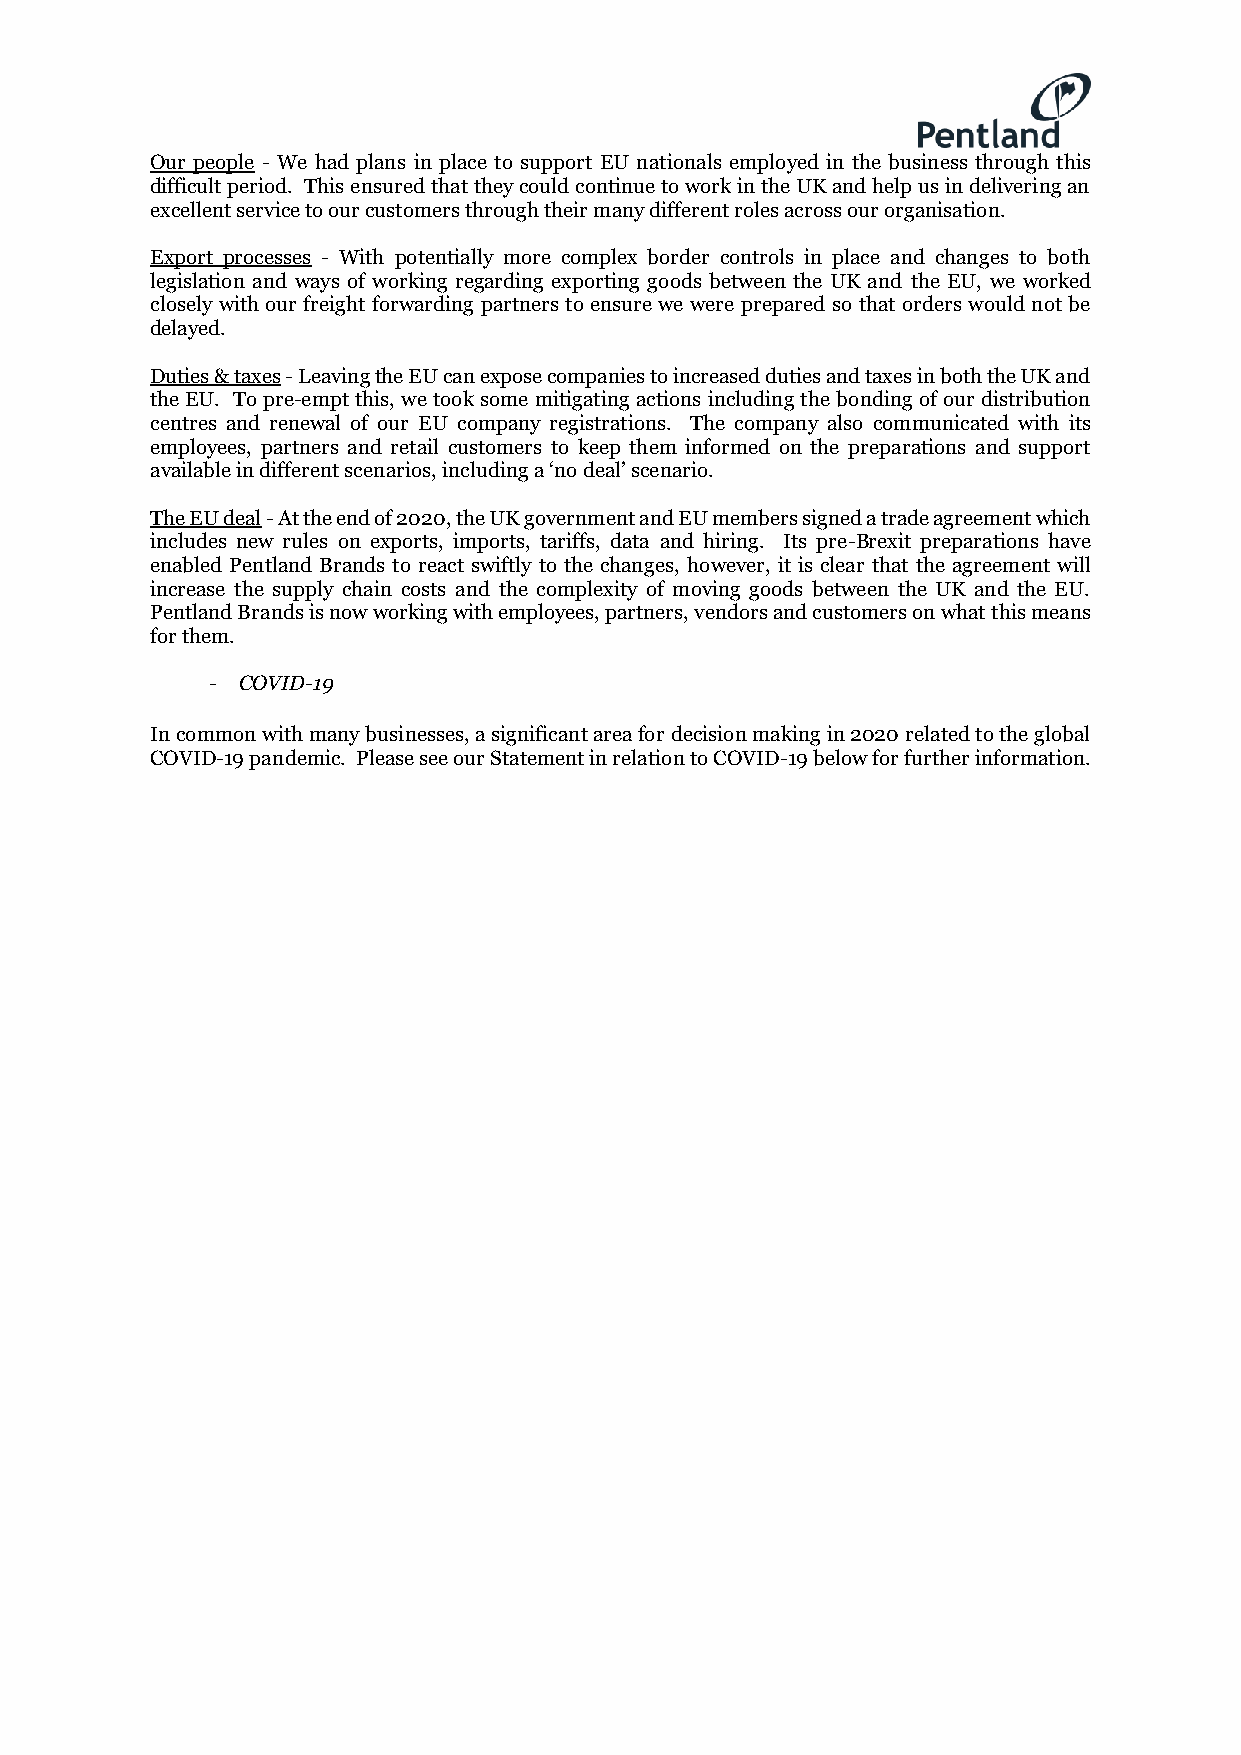
Our people - We had plans in place to support EU nationals employed in the business through this
 difficult period. This ensured that they could continue to work in the UK and help us in delivering an
 excellent service to our customers through their many different roles across our organisation.
 Export processes - With potentially more complex border controls in place and changes to both
 legislation and ways of working regarding exporting goods between the UK and the EU, we worked
 closely with our freight forwarding partners to ensure we were prepared so that orders would not be
 delayed.
 Duties & taxes - Leaving the EU can expose companies to increased duties and taxes in both the UK and
 the EU. To pre-empt this, we took some mitigating actions including the bonding of our distribution
 centres and renewal of our EU company registrations. The company also communicated with its
 employees, partners and retail customers to keep them informed on the preparations and support
 available in different scenarios, including a ‘no deal’ scenario.
 The EU deal - At the end of 2020, the UK government and EU members signed a trade agreement which
 includes new rules on exports, imports, tariffs, data and hiring. Its pre-Brexit preparations have
 enabled Pentland Brands to react swiftly to the changes, however, it is clear that the agreement will
 increase the supply chain costs and the complexity of moving goods between the UK and the EU.
 Pentland Brands is now working with employees, partners, vendors and customers on what this means
 for them.
 - COVID-19
 In common with many businesses, a significant area for decision making in 2020 related to the global
 COVID-19 pandemic. Please see our Statement in relation to COVID-19 below for further information.